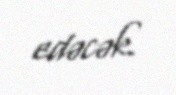
edəcək.